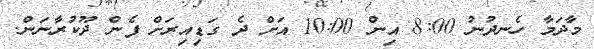
މާދަމާ ހެނދުނު 8:00 އިން 10:00 އަށް ދެ ގަޑިއިރަށް ފެން ދޫކުރާނަން.